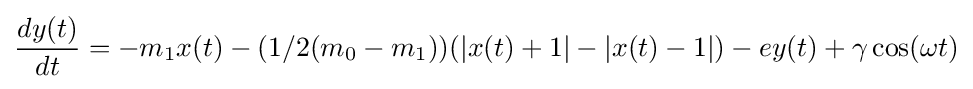
{\frac {dy(t)}{dt}}=-m_{1}x(t)-(1/2(m_{0}-m_{1}))(|x(t)+1|-|x(t)-1|)-ey(t)+\gamma \cos(\omega t)